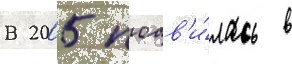
В 2005 поав'и́лась в